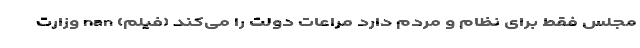
مجلس فقط برای نظام و مردم دارد مراعات دولت را می‌کند (فیلم) nan وزارت